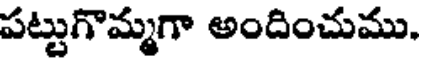
పట్టుగొమ్మగా అందించుము,